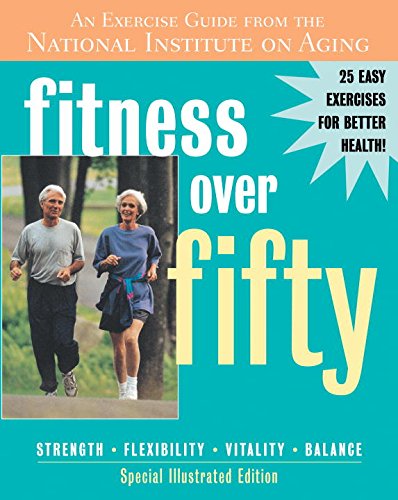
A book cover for Fitness Over Fifty: An Exercise Guide from the National Institute on Aging; Health, Fitness & Dieting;